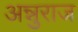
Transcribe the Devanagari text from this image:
अन्नुराज